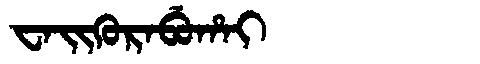
Manchu: ᠸᠠᡳᡴᡠᡵᠠᠪᡠᡥᠠᡳ
Romanization: WAIKURABUHAI